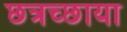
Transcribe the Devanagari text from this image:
छत्रच्छाया